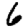
Digit: 6